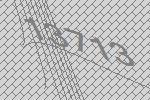
13713